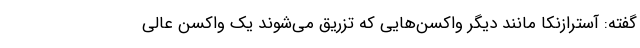
گفته: آسترازنکا مانند دیگر واکسن‌هایی که تزریق می‌شوند یک واکسن عالی